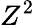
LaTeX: Z^{2}